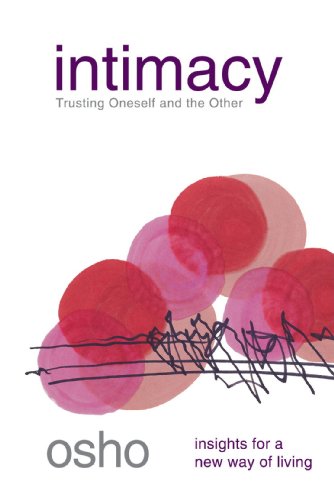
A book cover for Intimacy: Trusting Oneself and the Other; Osho; Religion & Spirituality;